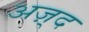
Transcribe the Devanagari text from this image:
अज़्द